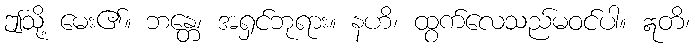
ဤသို့ မေး၏။ ဘန္တေ၊ အရှင်ဘုရား။ နဟိ၊ ထွက်လေသည်မဝင်ပါ။ ဣတိ၊